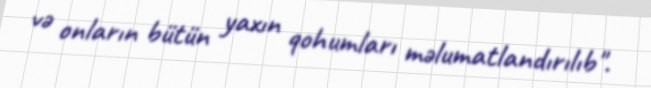
və onların bütün yaxın qohumları məlumatlandırılıb".